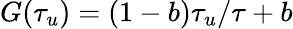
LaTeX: G(\tau_{u})=(1-b)\tau_{u}/\tau+b